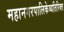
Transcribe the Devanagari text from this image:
महानगरपालिकेव्यतिरिक्त